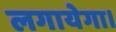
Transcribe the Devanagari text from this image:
लगायेगा।